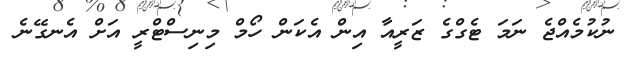
ނުކުމެއްޖެ ނަމަ ޓެގްގެ ޒަރީއާ އިން އެކަން ހޯމް މިނިސްޓްރީ އަށް އެނގޭނެ